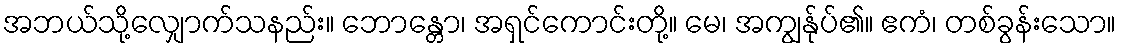
အဘယ်သို့လျှောက်သနည်း။ ဘောန္တော၊ အရှင်ကောင်းတို့။ မေ၊ အကျွန်ုပ်၏။ ဧကံ၊ တစ်ခွန်းသော။